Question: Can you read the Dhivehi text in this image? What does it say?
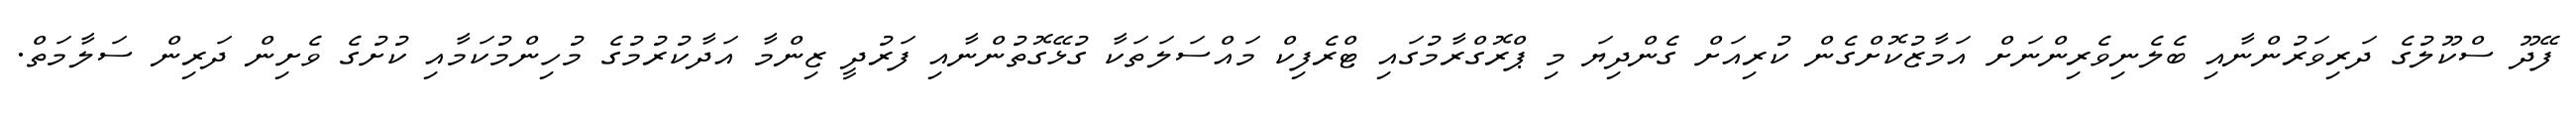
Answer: ފޭދޫ ސްކޫލުގެ ދަރިވަރުންނާއި ބެލެނިވެރިންނަށް އަމާޒުކޮށްގެން ކުރިއަށް ގެންދިޔަ މި ޕްރޮގްރާމުގައި ޓްރެފިކް މައްސަލަތަކާ ގުޅޭގޮތުންނާއި ފަރުދީ ޒިންމާ އަދާކުރުމުގެ މުހިންމުކަމާއި ކުށުގެ ވެށިން ދަރިން ސަލާމަތް.